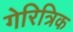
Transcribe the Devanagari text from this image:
गेरित्रिक